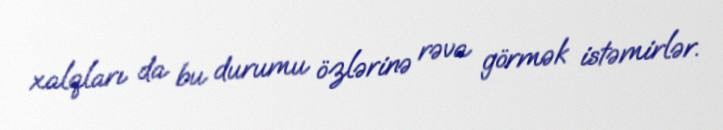
xalqları da bu durumu özlərinə rəva görmək istəmirlər.